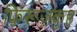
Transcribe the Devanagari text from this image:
फ़िरूज़कुह